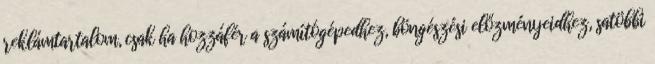
reklámtartalom, csak ha hozzáfér a számítógépedhez, böngészési előzményeidhez, satöbbi